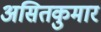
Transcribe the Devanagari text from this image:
असितकुमार